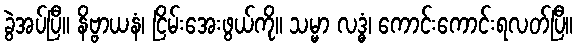
ခွဲအပ်ပြီ။ နိဗ္ဗာယနံ၊ ငြိမ်းအေးဖွယ်ကို။ သမ္မာ လဒ္ဓံ၊ ကောင်းကောင်းရလတ်ပြီ။